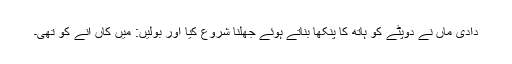
دادی ماں نے دوپٹے کو ہاتھ کا پنکھا بناتے ہوئے جھلنا شروع کیا اور بولیں: میں کاں آنے کو تھی۔